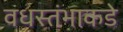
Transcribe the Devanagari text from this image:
वधस्तंभाकडे